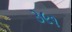
૩૯૧